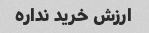
ارزش خرید نداره